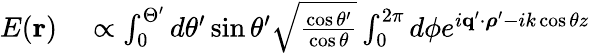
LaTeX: \begin{array}{rl}{E(\mathbf{r})}&{{}\propto\int_{0}^{\Theta^{\prime}}d\theta^{\prime}\sin\theta^{\prime}\sqrt{\frac{\cos\theta^{\prime}}{\cos\theta}}\int_{0}^{2\pi}d\phi e^{i\mathbf{q}^{\prime}\cdot\boldsymbol{\rho}^{\prime}-ik\cos\theta z}}\end{array}